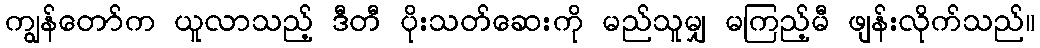
ကျွန်တော်က ယူလာသည့် ဒီတီ ပိုးသတ်ဆေးကို မည်သူမျှ မကြည့်မီ ဖျန်းလိုက်သည်။